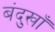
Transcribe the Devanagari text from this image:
बंदुखाँ